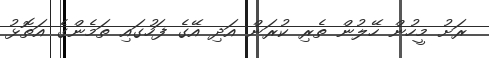
ރަށު މީހުން ހޭލުން ތެރި ކުރަން އަދި އޭގެ ފަހުގައި ތަމެންގެ އަތޮޅު